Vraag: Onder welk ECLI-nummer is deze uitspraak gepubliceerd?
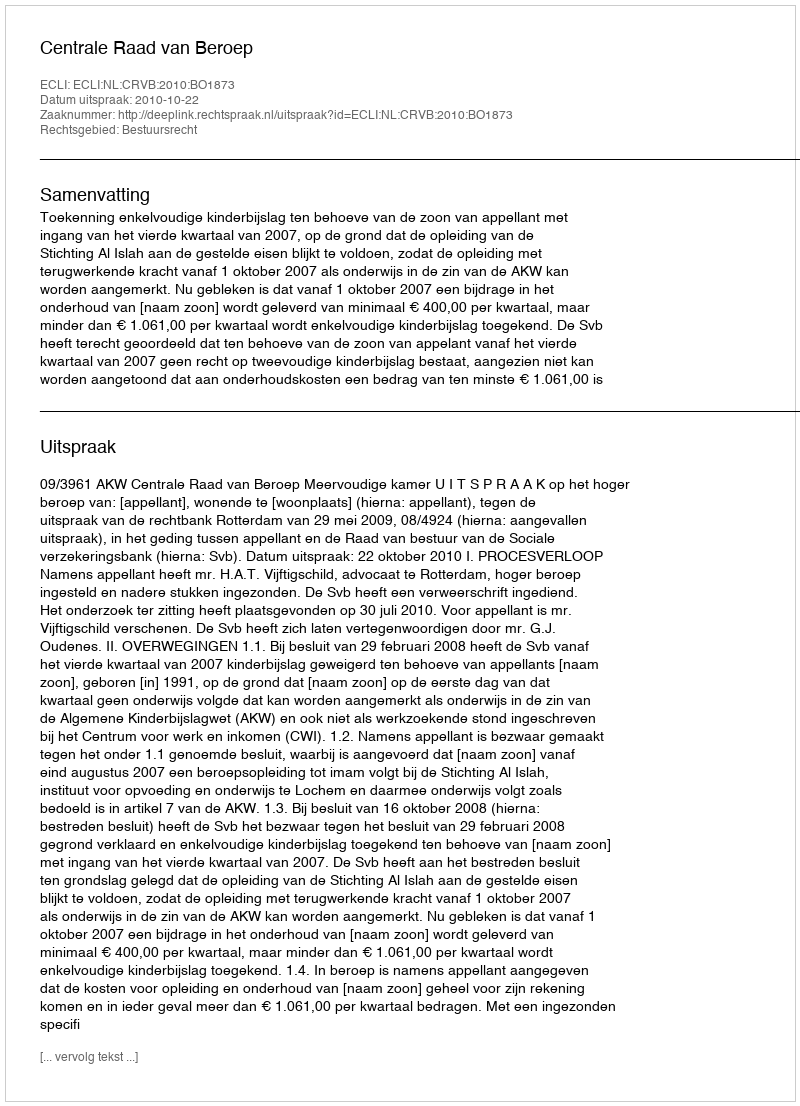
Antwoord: ECLI:NL:CRVB:2010:BO1873